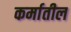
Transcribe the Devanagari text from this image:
कर्मातील